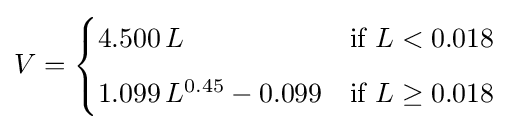
V={\begin{cases}4.500\,L&{\mbox{if }}L<0.018\\[2mm]1.099\,L^{0.45}-0.099&{\mbox{if }}L\geq 0.018\end{cases}}